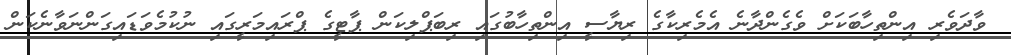
ވާދަވެރި އިންތިހާބަކަށް ވެގެންދާނެ އެމެރިކާގެ ރިޔާސީ އިންތިހާބުގައި ރިބަޕްލިކަން ޕާޓީގެ ޕްރައިމަރީގައި ނުކުމެވަޑައިގަންނަވާނެކަން